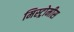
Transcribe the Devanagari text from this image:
मिस्ट्रोमीस